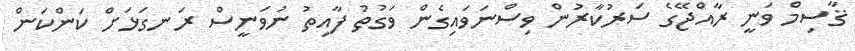
ޤާސިމް ވަނީ ރާއްޖޭގެ ސަރުކާރުން ވިސްނަވައިގެން ވަގުތު ފާއިތު ނުވަނީސް ރަނގަޅަށް ކަންކަން